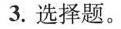
3.选择题。